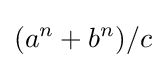
(a^{n}+b^{n})/c